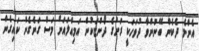
އެންމެ ދެކެން ބޭނުންވާ ދުވަހަކީ ރަށުގެ ދޯންޏަކުން އަމިއްލައަށް މަސް ގަނެގެން ކައިގެން